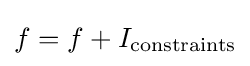
f=f+I_{\text{constraints}}